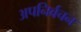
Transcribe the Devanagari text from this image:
अपनिर्वचन